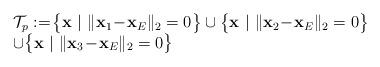
LaTeX: \begin{align*}\left. \begin{array}{l l} \mathcal{T}_p:= \! \big\{ \textbf{x} \ | \ \| \textbf{x}_1\!-\!\textbf{x}_E \| _2 =0 \big\} \cup \big\{ \textbf{x} \ | \ \| \textbf{x}_2\!-\!\textbf{x}_E \| _2 =0 \big\} \\ \cup \big\{ \textbf{x} \ | \ \| \textbf{x}_3\!-\!\textbf{x}_E \| _2 =0 \big\} \end{array} \right. \end{align*}